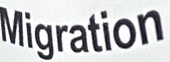
Migration